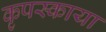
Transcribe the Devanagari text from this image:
कृपस्काया